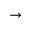
\rightarrow